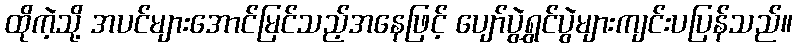
ထိုကဲ့သို့ အပင်များအောင်မြင်သည့်အနေဖြင့် ပျော်ပွဲရွှင်ပွဲများကျင်းပပြန်သည်။